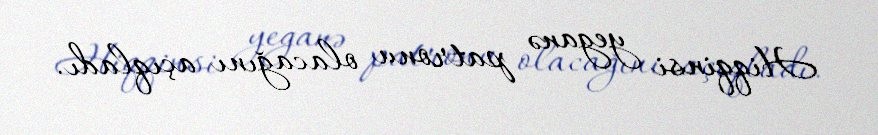
Hiqqinsi yeganə patronu olacağını açıqladı.